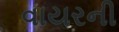
વાયરની